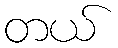
တယ်